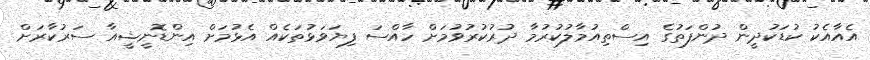
އެއާއެކު ކުޑަކުދީން ދުންފަތުގެ އިސްތިއުމާލުކުރުމާ ދުރުކުރުވުމަށް ހާއްސަ ފިޔަވަޅުތަކެއް އެޅުމަށް އިންޑޮނީޝީއާ ސަރުކާރަށް